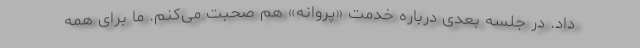
داد. در جلسه بعدی درباره خدمت «پروانه» هم صحبت می‌کنم. ما برای همه